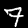
Digit: 7